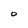
Character: 0